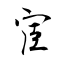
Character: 宦